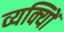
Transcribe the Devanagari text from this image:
व्यक्याेिं